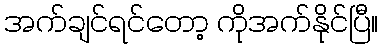
အက်ချင်ရင်တော့ ကိုအက်နိုင်ပြီ။